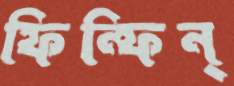
ফিন্‌ফিন্‌